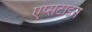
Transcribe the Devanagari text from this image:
एप्सटाइन